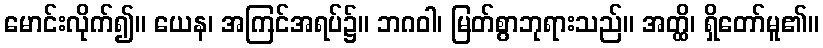
မောင်းလိုက်၍။ ယေန၊ အကြင်အရပ်၌။ ဘဂဝါ၊ မြတ်စွာဘုရားသည်။ အတ္ထိ၊ ရှိတော်မူ၏။